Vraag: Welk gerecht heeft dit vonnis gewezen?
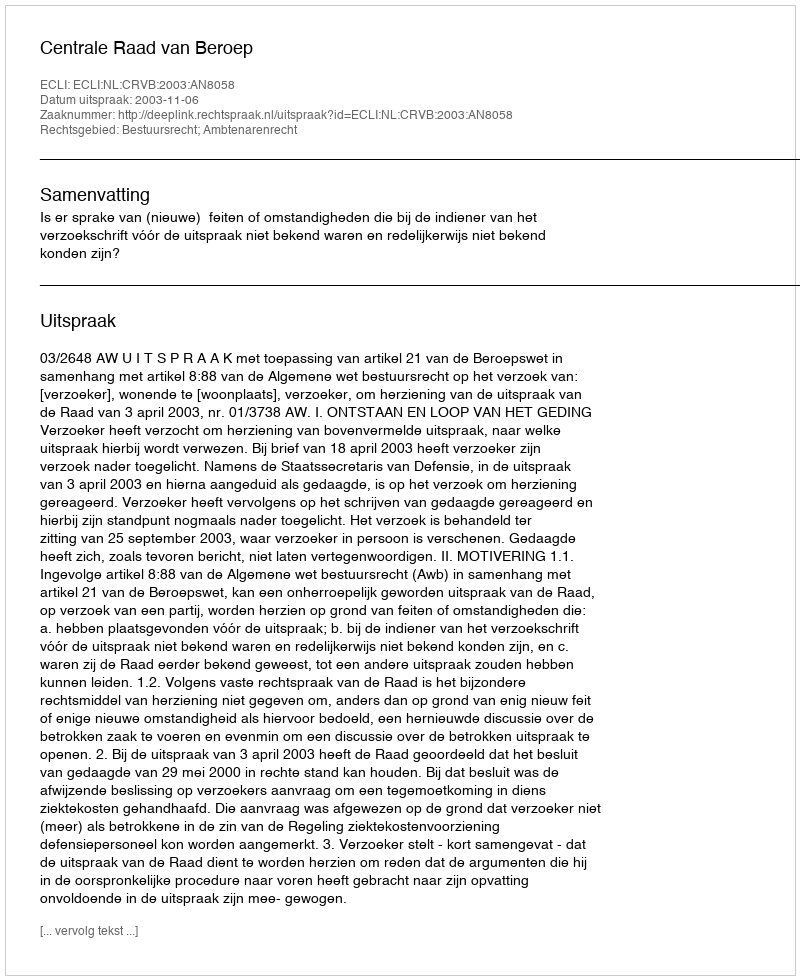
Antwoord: Centrale Raad van Beroep